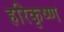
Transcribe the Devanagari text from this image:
हरिकृष्‍ण